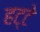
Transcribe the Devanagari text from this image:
हट्टे